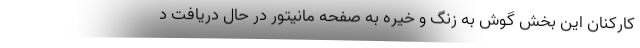
کارکنان این بخش گوش به زنگ و خیره به صفحه مانیتور در حال دریافت د